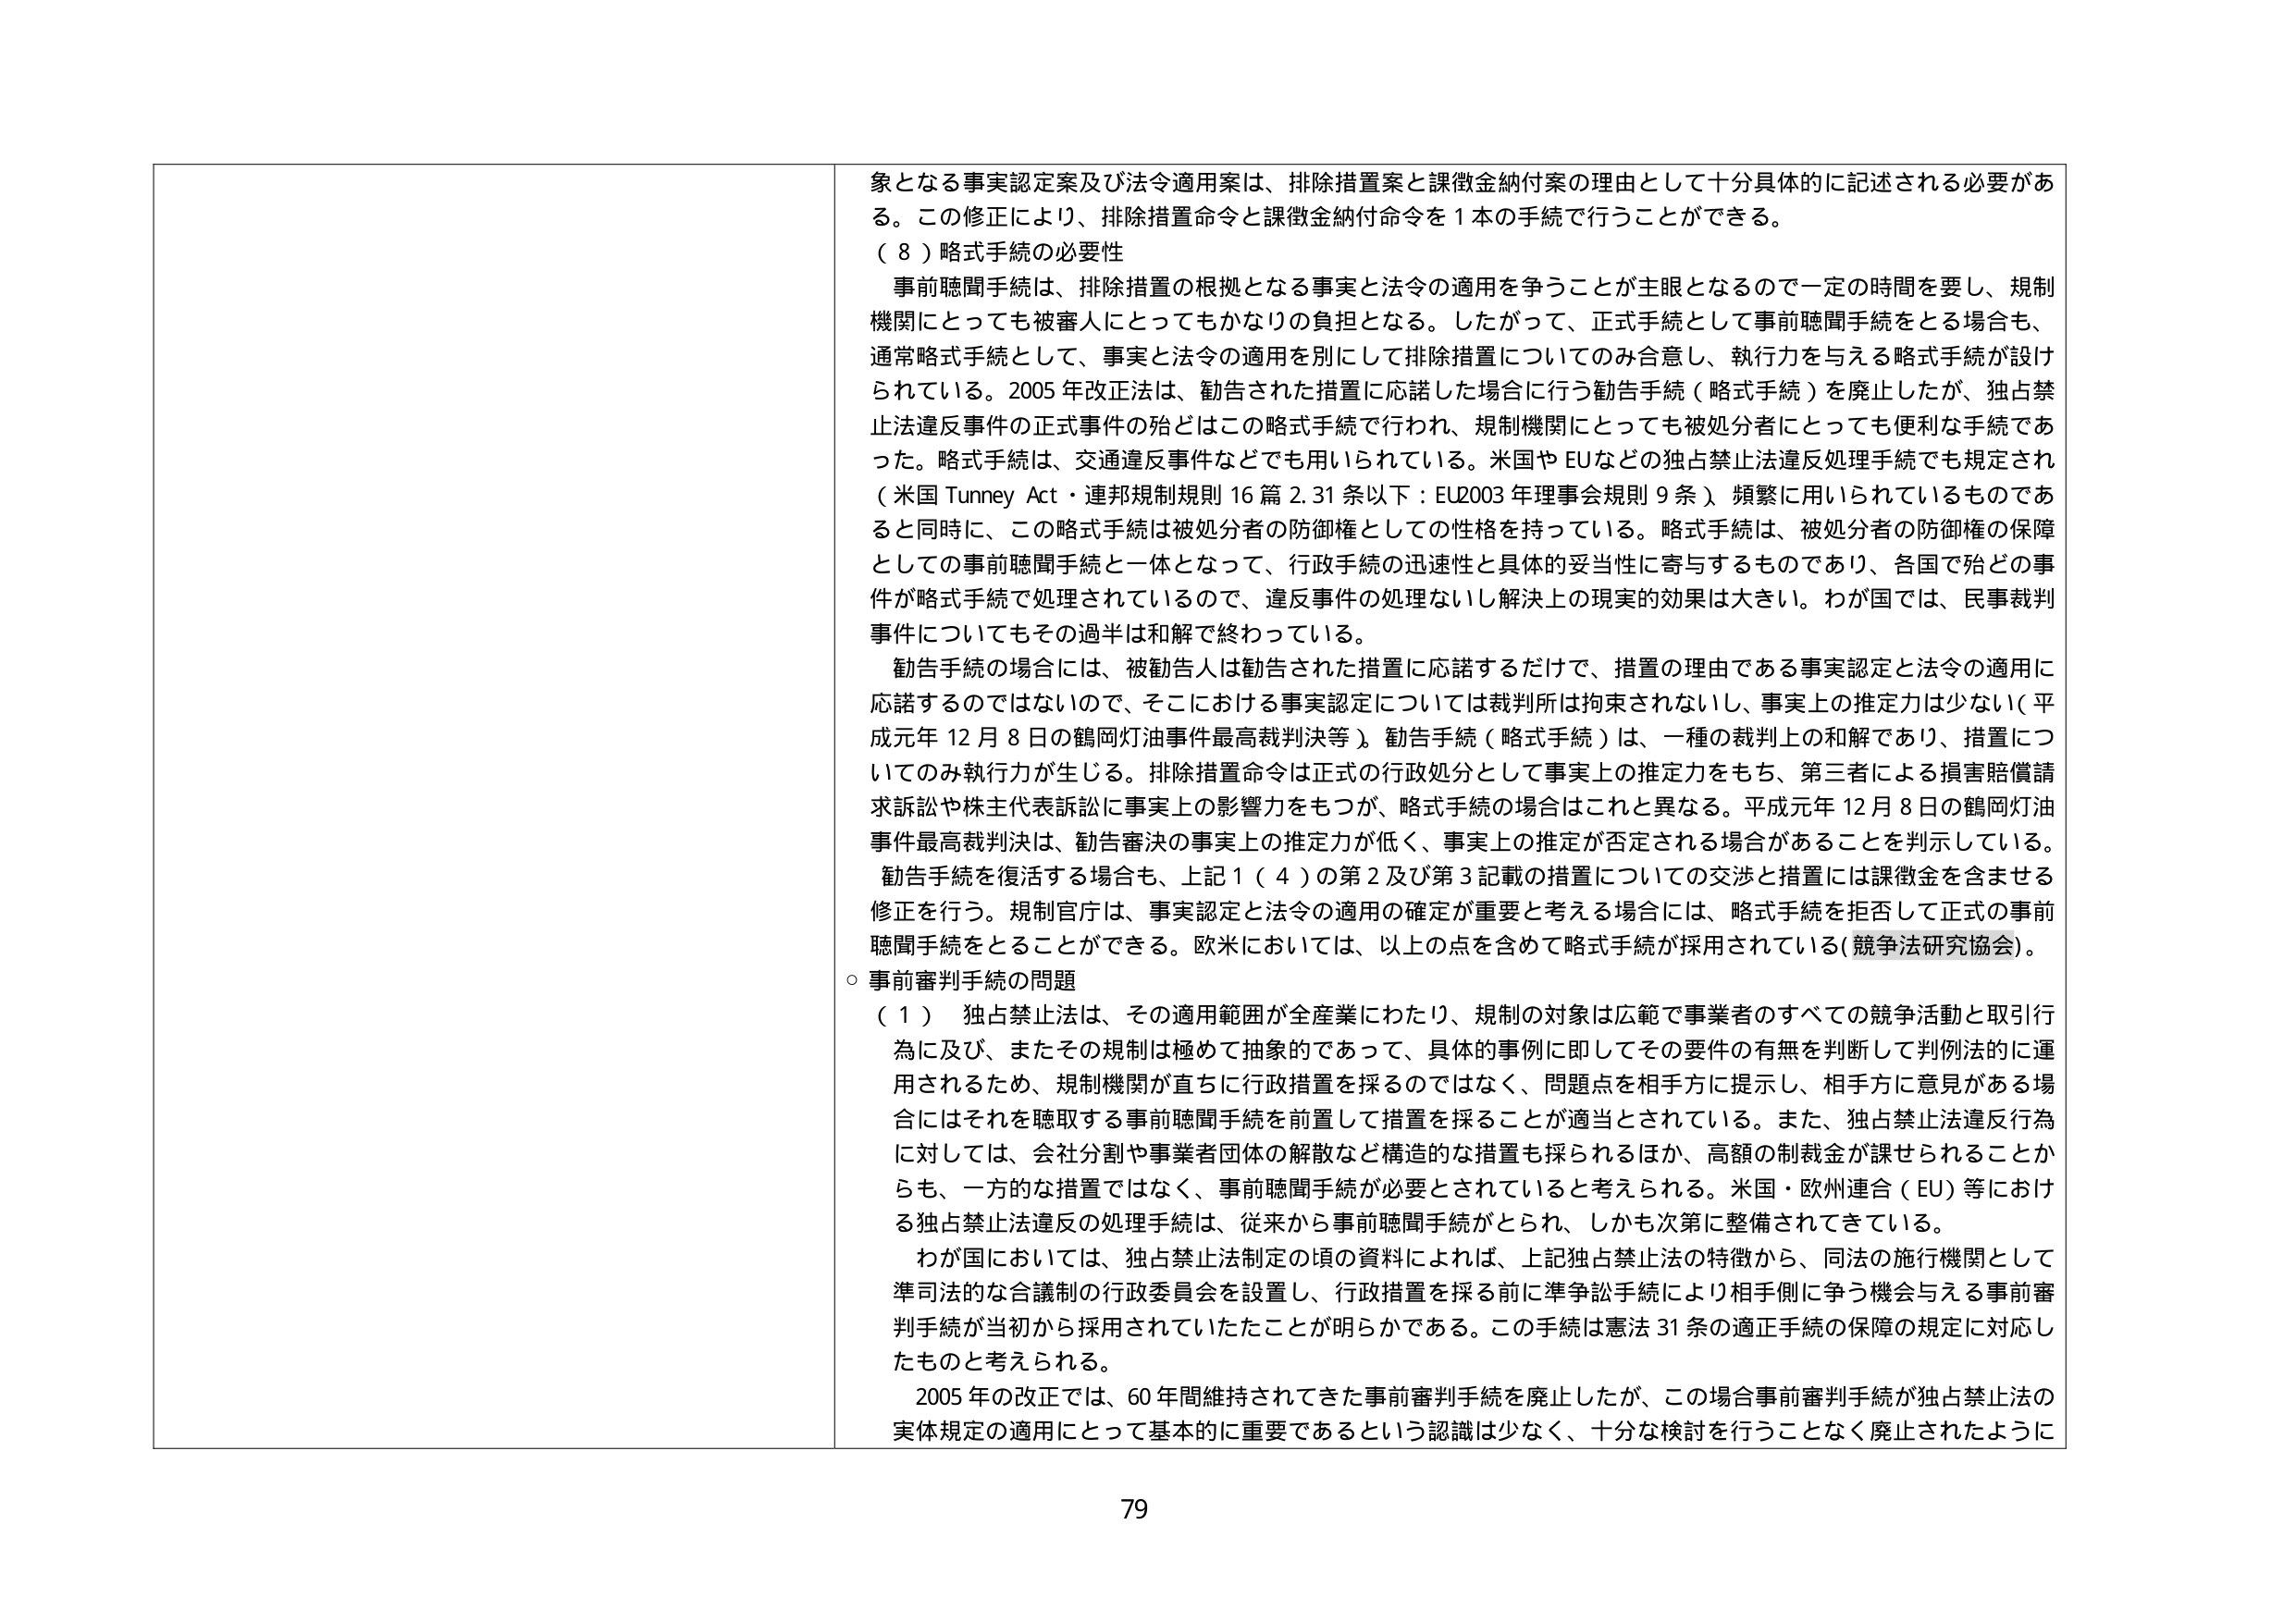
象となる事実認定案及び法令適用案は、排除措置案と課徴金納付案の理由として十分具体的に記述される必要がある。この修正により、排除措置命令と課徴金納付命令を１本の手続で行うことができる。

（８）略式手続の必要性

事前聴聞手続は、排除措置の根拠となる事実と法令の適用を争うことが主眼となるので一定の時間を要し、規制機関にとっても被審人にとってもかなりの負担となる。したがって、正式手続として事前聴聞手続をとる場合も、通常略式手続として、事実と法令の適用を別にして排除措置についてのみ合意し、執行力を与える略式手続が設けられている。2005年改正法は、勧告された措置に応諾した場合に行う勧告手続（略式手続）を廃止したが、独占禁止法違反事件の正式事件の殆どはこの略式手続で行われ、規制機関にとっても被処分者にとっても便利な手続であった。略式手続は、交通違反事件などでも用いられている。米国やEUなどの独占禁止法違反処理手続でも規定され（米国 Tunney Act・連邦規制規則16篇2.31条以下：EU2003年理事会規則9条）頻繁に用いられているものであると同時に、この略式手続は被処分者の防御権としての性格を持っている。略式手続は、被処分者の防御権の保障としての事前聴聞手続と一体となって、行政手続の迅速性と具体的妥当性に寄与するものであり、各国で殆どの事件が略式手続で処理されているので、違反事件の処理ないし解決上の現実的効果は大きい。わが国では、民事裁判事件についてもその過半は和解で終わっている。

勧告手続の場合には、被勧告人は勧告された措置に応諾するだけで、措置の理由である事実認定と法令の適用に応諾するのではないので、そこにおける事実認定については裁判所は拘束されないし、事実上の推定力は少ない（平成元年12月8日の鶴岡灯油事件最高裁判決等）。勧告手続（略式手続）は、一種の裁判上の和解であり、措置についてのみ執行力が生じる。排除措置命令は正式の行政処分として事実上の推定力をもち、第三者による損害賠償請求訴訟や株主代表訴訟に事実上の影響力をもつが、略式手続の場合はこれと異なる。平成元年12月8日の鶴岡灯油事件最高裁判決は、勧告審決の事実上の推定力が低く、事実上の推定が否定される場合があることを判示している。勧告手続を復活する場合も、上記1（4）の第2及び第3記載の措置についての交渉と措置には課徴金を含ませる修正を行う。規制官庁は、事実認定と法令の適用の確定が重要と考える場合には、略式手続を拒否して正式の事前聴聞手続をとることができる。欧米においては、以上の点を含めて略式手続が採用されている（競争法研究協会）。

○ 事前審判手続の問題

（１） 独占禁止法は、その適用範囲が全産業にわたり、規制の対象は広範で事業者のすべての競争活動と取引行為に及び、またその規制は極めて抽象的であって、具体的事例に即してその要件の有無を判断して判例法的に運用されるため、規制機関が直ちに行政措置を採るのではなく、問題点を相手方に提示し、相手方に意見がある場合にはそれを聴取する事前聴聞手続を前置して措置を採ることが適当とされている。また、独占禁止法違反行為に対しては、会社分割や事業者団体の解散など構造的な措置も採られるほか、高額の制裁金が課せられることからも、一方的な措置ではなく、事前聴聞手続が必要とされていると考えられる。米国・欧州連合（EU）等における独占禁止法違反の処理手続は、従来から事前聴聞手続がとられ、しかも次第に整備されてきている。

わが国においては、独占禁止法制定の頃の資料によれば、上記独占禁止法の特徴から、同法の施行機関として準司法的な合議制の行政委員会を設置し、行政措置を採る前に準争訟手続により相手側に争う機会を与える事前審判手続が当初から採用されていたことが明らかである。この手続は憲法31条の適正手続の保障の規定に対応したものと考えられる。

2005年の改正では、60年間維持されてきた事前審判手続を廃止したが、この場合事前審判手続が独占禁止法の実体規定の適用にとって基本的に重要であるという認識は少なく、十分な検討を行うことなく廃止されたように

79